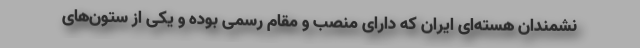
نشمندان هسته‌ای ایران که دارای منصب و مقام رسمی بوده و یکی از ستون‌های